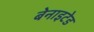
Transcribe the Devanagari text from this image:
बेनाइटेड